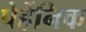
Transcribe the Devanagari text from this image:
पेर्हेनिक